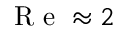
\mathrm { ~ R ~ e ~ } \approx 2